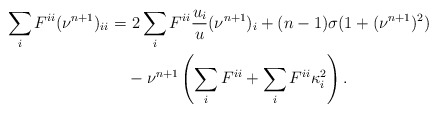
\begin{align*}\sum_i F^{ii}(\nu^{n+1})_{ii} =&\ 2\sum_i F^{ii}\frac{u_i}{u} (\nu^{n+1})_i+(n-1)\sigma (1+(\nu^{n+1})^2)\\&-\nu^{n+1}\left(\sum_i F^{ii}+\sum_i F^{ii}\kappa_i^2\right).\end{align*}